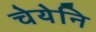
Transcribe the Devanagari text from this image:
चेयेनि